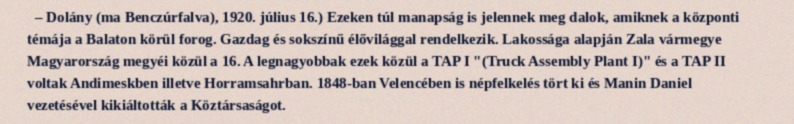
– Dolány (ma Benczúrfalva), 1920. július 16.) Ezeken túl manapság is jelennek meg dalok, amiknek a központi témája a Balaton körül forog. Gazdag és sokszínű élővilággal rendelkezik. Lakossága alapján Zala vármegye Magyarország megyéi közül a 16. A legnagyobbak ezek közül a TAP I "(Truck Assembly Plant I)" és a TAP II voltak Andimeskben illetve Horramsahrban. 1848-ban Velencében is népfelkelés tört ki és Manin Daniel vezetésével kikiáltották a Köztársaságot.